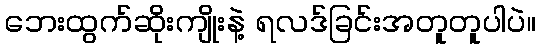
ဘေးထွက်ဆိုးကျိုးနဲ့ ရလဒ်ခြင်းအတူတူပါပဲ။